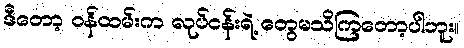
ဒီတော့ ဝန်ထမ်းက လုပ်ငန်းရဲ့ တွေမသိကြတော့ပါဘူး။